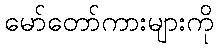
မော်တော်ကားများကို